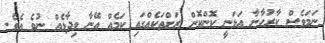
ނަމަވެސް ކާރުހާނާ އަޅަނީ ކޮންކޮން ރަށްތަކެއްގައި ކަމެއް އޭނާ ވިދާޅެއް ނުވެ އެވެ.